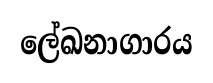
ලේඛනාගාරය